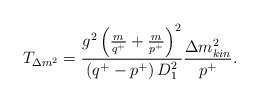
\begin{align*}T_{\Delta m^2} = \frac{g^2 \left(\frac{m}{q^+}+\frac{m}{p^+}\right)^2}{\left(q^+-p^+\right)D_1^2} \frac{\Delta m^2_{kin}}{p^+} .\end{align*}